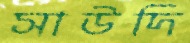
সাউদি